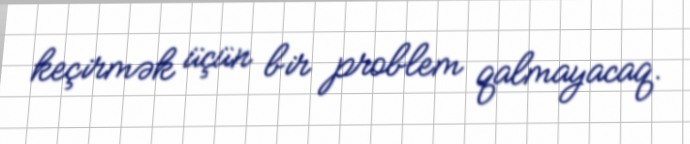
keçirmək üçün bir problem qalmayacaq.